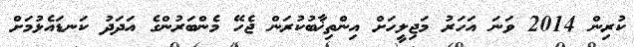
ކުރިން 2014 ވަނަ އަހަރު މަޖިލީހަށް އިންތިޚާބުކުރަން ޖެހޭ މެންބަރުންގެ އަދަދު ކަނޑައެޅުމަށް